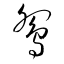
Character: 鴛